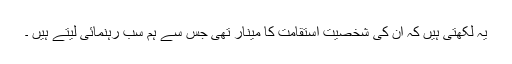
یہ لکھتی ہیں کہ ان کی شخصیت استقامت کا مینار تھی جس سے ہم سب رہنمائی لیتے ہیں ۔